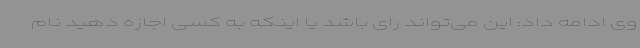
وی ادامه داد: این می‌تواند رای باشد یا اینکه به کسی اجازه دهید نام